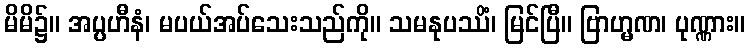
မိမိ၌။ အပ္ပဟီနံ၊ မပယ်အပ်သေးသည်ကို။ သမနုပဿိံ၊ မြင်ပြီ။ ဗြာဟ္မဏ၊ ပုဏ္ဏား။